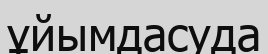
ұйымдасуда